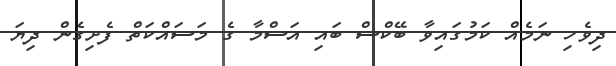
ދިވެހި ނަމެއް ކަމުގައިވާ ބޭކްސް ބައި އަސްމާ ގެ މަސައްކަތް ފެށިގެން ދިޔަ